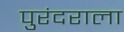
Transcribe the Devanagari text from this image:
पुरंदराला